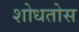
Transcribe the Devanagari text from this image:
शोधतोस